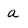
Character: a